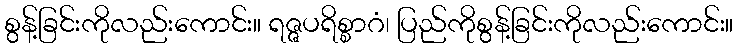
စွန့်ခြင်းကိုလည်းကောင်း။ ရဇ္ဇပရိစ္စာဂံ၊ ပြည်ကိုစွန့်ခြင်းကိုလည်းကောင်း။